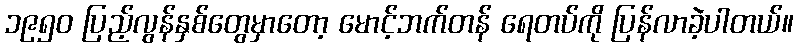
၁၉၅ဝ ပြည့်လွန်နှစ်တွေမှာတော့ မောင့်ဘက်တန် ရေတပ်ကို ပြန်လာခဲ့ပါတယ်။